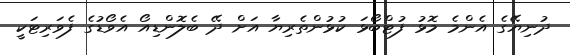
ދުނިޔޭގެ އެންމެ މޮޅު ފުޓްބޯޅަ ކުޅުންތެރިޔާ އަށް ދޭ ބެލޮންޑިއޯ އެވޯޑުގެ ފެވަރިޓަކީ